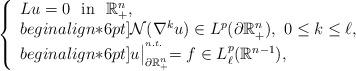
LaTeX: \begin{align*}\left\{\begin{array}{l}Lu=0\,\,\mbox{ in }\,\,\mathbb{R}^{n}_+,\\begin{align*}6pt]{\mathcal{N}}(\nabla^k u)\in L^p(\partial\mathbb{R}^{n}_+),\,\,0\le k\leq\ell,\\begin{align*}6pt]u\bigl|_{\partial\mathbb{R}^{n}_{+}}^{{}^{n.t.}}=f\in L^p_\ell(\mathbb{R}^{n-1}),\end{array}\right.\end{align*}